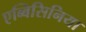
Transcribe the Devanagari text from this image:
एब्बिसिनिया